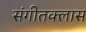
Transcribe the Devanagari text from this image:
संगीतक्लास